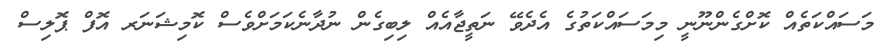
މަސައްކަތެއް ކޮށްގެންނޫނީ މިމަސައްކަތުގެ އެދެވޭ ނަތީޖާއެއް ލިބިގެން ނުދާނެކަމަށްވެސް ކޮމިޝަނަރ އޮފް ޕޮލިސް